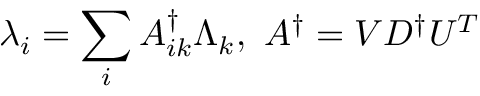
\lambda _ { i } = \sum _ { i } A _ { i k } ^ { \dagger } \Lambda _ { k } , \ A ^ { \dagger } = V D ^ { \dagger } U ^ { T }